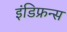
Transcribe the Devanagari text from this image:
इंडिफ्रन्स